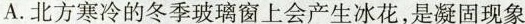
A.北方寒冷的冬季玻璃窗上会产生冰花，是凝固现象